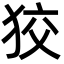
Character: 狡